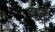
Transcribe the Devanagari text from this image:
वंड